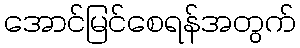
အောင်မြင်စေရန်အတွက်